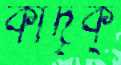
কীদৃক্